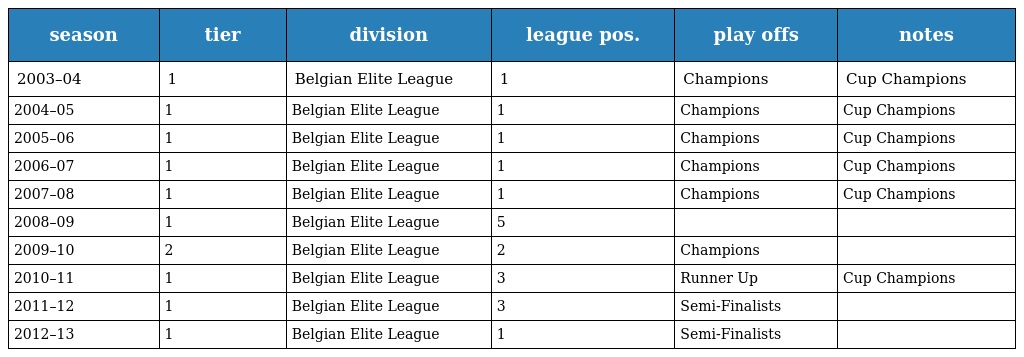
| season | tier | division | league pos. | play offs | notes |
 | --- | --- | --- | --- | --- | --- |
 | 2003–04 | 1 | Belgian Elite League | 1 | Champions | Cup Champions |
 | 2004–05 | 1 | Belgian Elite League | 1 | Champions | Cup Champions |
 | 2005–06 | 1 | Belgian Elite League | 1 | Champions | Cup Champions |
 | 2006–07 | 1 | Belgian Elite League | 1 | Champions | Cup Champions |
 | 2007–08 | 1 | Belgian Elite League | 1 | Champions | Cup Champions |
 | 2008–09 | 1 | Belgian Elite League | 5 |  |  |
 | 2009–10 | 2 | Belgian Elite League | 2 | Champions |  |
 | 2010–11 | 1 | Belgian Elite League | 3 | Runner Up | Cup Champions |
 | 2011–12 | 1 | Belgian Elite League | 3 | Semi-Finalists |  |
 | 2012–13 | 1 | Belgian Elite League | 1 | Semi-Finalists |  |